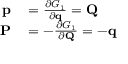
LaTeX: \begin{array} { r l } { \mathbf { p } } & { { } = { \frac { \partial G _ { 1 } } { \partial \mathbf { q } } } = \mathbf { Q } } \\ { \mathbf { P } } & { { } = - { \frac { \partial G _ { 1 } } { \partial \mathbf { Q } } } = - \mathbf { q } } \end{array}